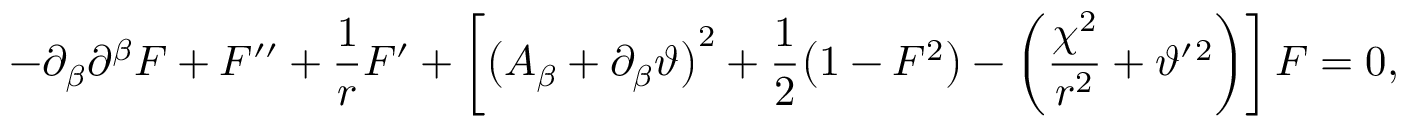
- \partial _ { \beta } \partial ^ { \beta } F + F ^ { \prime \prime } + \frac { 1 } { r } F ^ { \prime } + \left[ \big ( A _ { \beta } + \partial _ { \beta } \vartheta \big ) ^ { 2 } + \frac 1 2 \big ( 1 - F ^ { 2 } \big ) - \left( \frac { \chi ^ { 2 } } { r ^ { 2 } } + \vartheta ^ { \prime } { } ^ { 2 } \right) \right] F = 0 ,